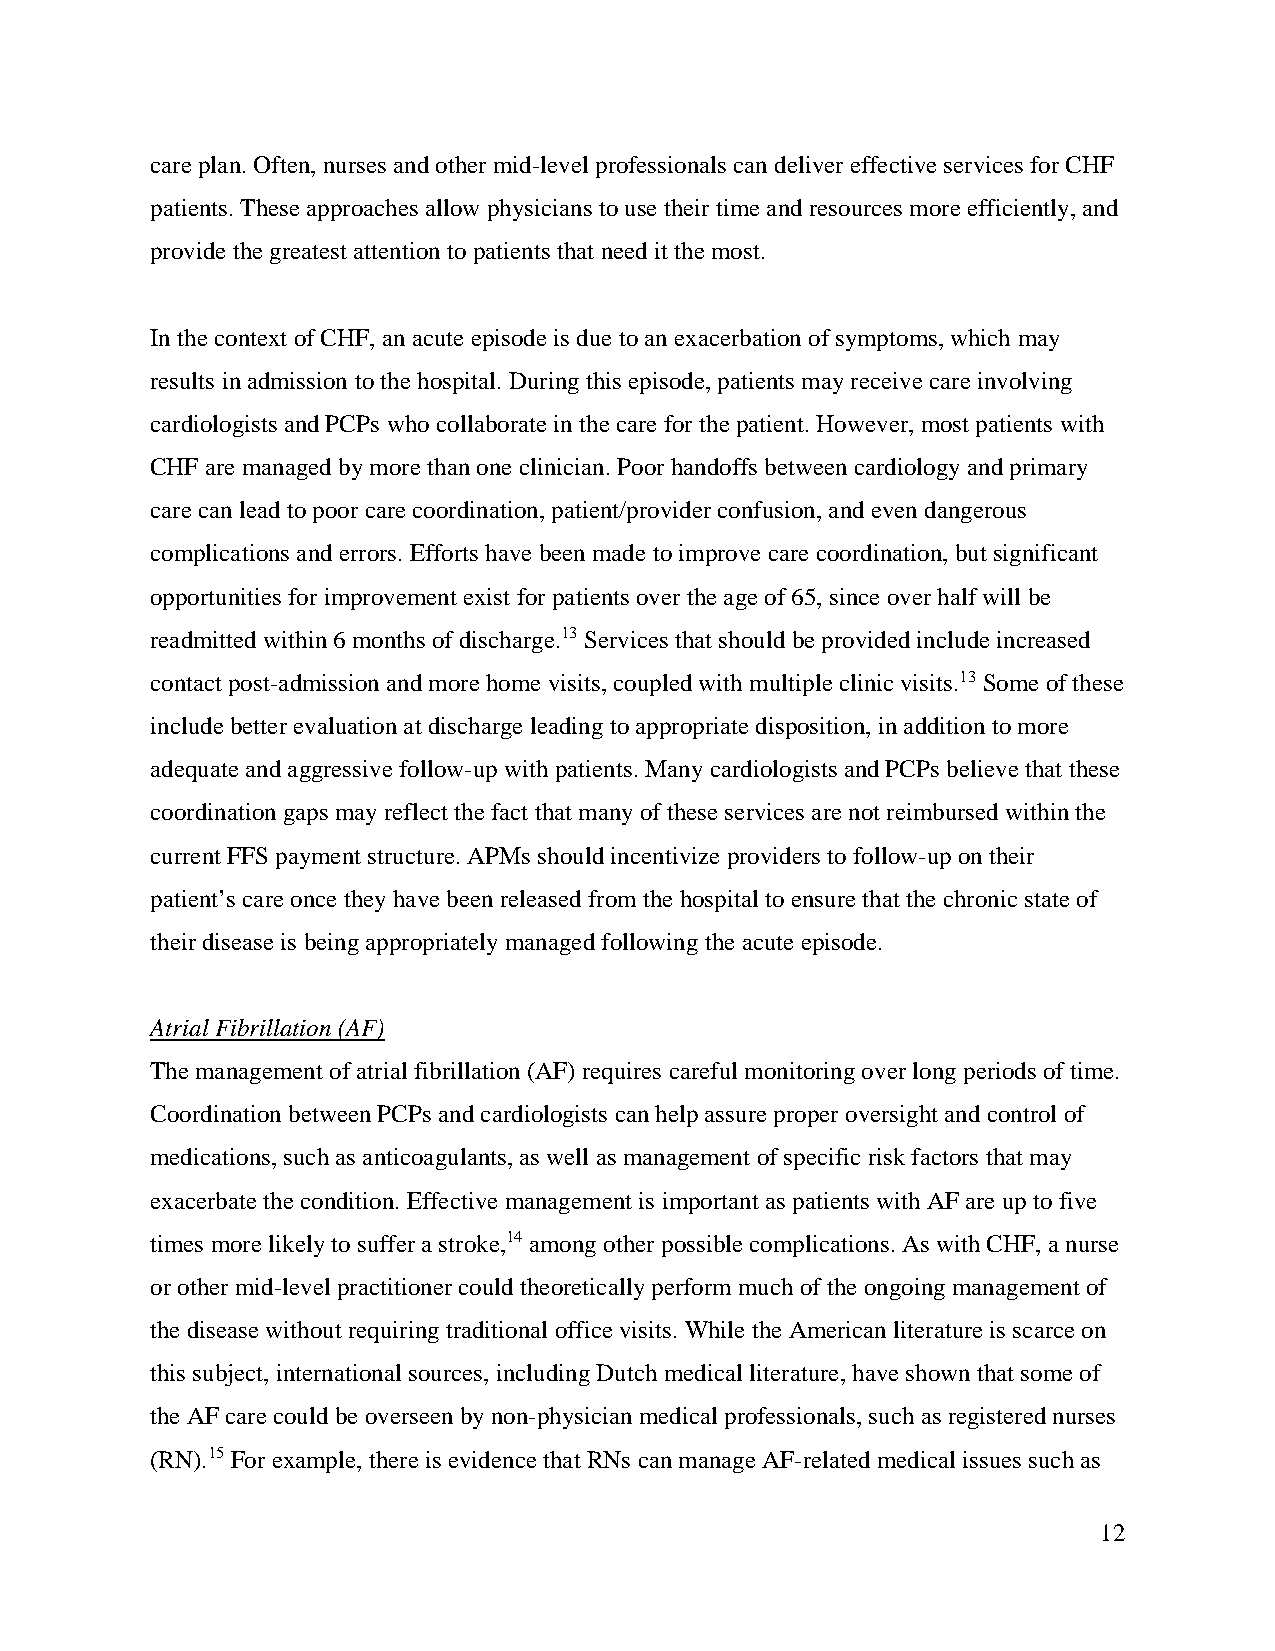
care plan. Often, nurses and other mid-level professionals can deliver effective services for CHF
 patients. These approaches allow physicians to use their time and resources more efficiently, and
 provide the greatest attention to patients that need it the most.
 In the context of CHF, an acute episode is due to an exacerbation of symptoms, which may
 results in admission to the hospital. During this episode, patients may receive care involving
 cardiologists and PCPs who collaborate in the care for the patient. However, most patients with
 CHF are managed by more than one clinician. Poor handoffs between cardiology and primary
 care can lead to poor care coordination, patient/provider confusion, and even dangerous
 complications and errors. Efforts have been made to improve care coordination, but significant
 opportunities for improvement exist for patients over the age of 65, since over half will be
 readmitted within 6 months of discharge.13 Services that should be provided include increased
 contact post-admission and more home visits, coupled with multiple clinic visits.13 Some of these
 include better evaluation at discharge leading to appropriate disposition, in addition to more
 adequate and aggressive follow-up with patients. Many cardiologists and PCPs believe that these
 coordination gaps may reflect the fact that many of these services are not reimbursed within the
 current FFS payment structure. APMs should incentivize providers to follow-up on their
 patient’s care once they have been released from the hospital to ensure that the chronic state of
 their disease is being appropriately managed following the acute episode.
 Atrial Fibrillation (AF)
 The management of atrial fibrillation (AF) requires careful monitoring over long periods of time.
 Coordination between PCPs and cardiologists can help assure proper oversight and control of
 medications, such as anticoagulants, as well as management of specific risk factors that may
 exacerbate the condition. Effective management is important as patients with AF are up to five
 times more likely to suffer a stroke,14 among other possible complications. As with CHF, a nurse
 or other mid-level practitioner could theoretically perform much of the ongoing management of
 the disease without requiring traditional office visits. While the American literature is scarce on
 this subject, international sources, including Dutch medical literature, have shown that some of
 the AF care could be overseen by non-physician medical professionals, such as registered nurses
 (RN).15 For example, there is evidence that RNs can manage AF-related medical issues such as
 12